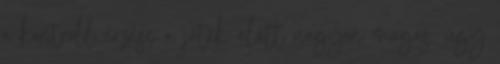
a kontroll érzése a játék alatt nagyon magas, úgy